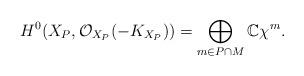
LaTeX: \begin{align*}H^0(X_P, \mathcal{O}_{X_P} (-K_{X_P}) ) =\bigoplus_{m\in P\cap M} \mathbb{C} \chi^m.\end{align*}